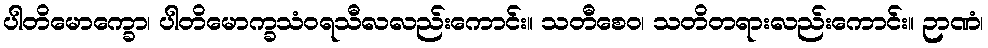
ပါတိမောက္ခော၊ ပါတိမောက္ခသံဝရသီလလည်းကောင်း။ သတီစေဝ၊ သတိတရားလည်းကောင်း။ ဉာဏံ၊